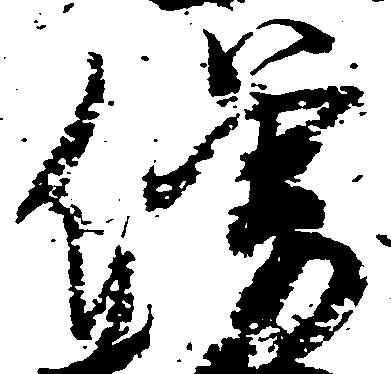
僧